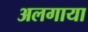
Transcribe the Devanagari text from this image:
अलगाया